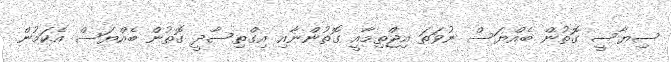
ސިޔާސީ ގޮތުން ބެއްޔަސް ނުވަތަ އިޖްތިމާއީ ގޮތުންނާއި އިގްތިސާދީ ގޮތުން ބެއްޔަސް އެކަމުން